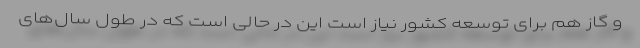
و گاز هم برای توسعه کشور نیاز است این در حالی است که در طول سال‌های